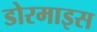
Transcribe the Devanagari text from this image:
डोरमाइस